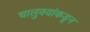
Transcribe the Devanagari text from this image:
चालुक्यांकडून